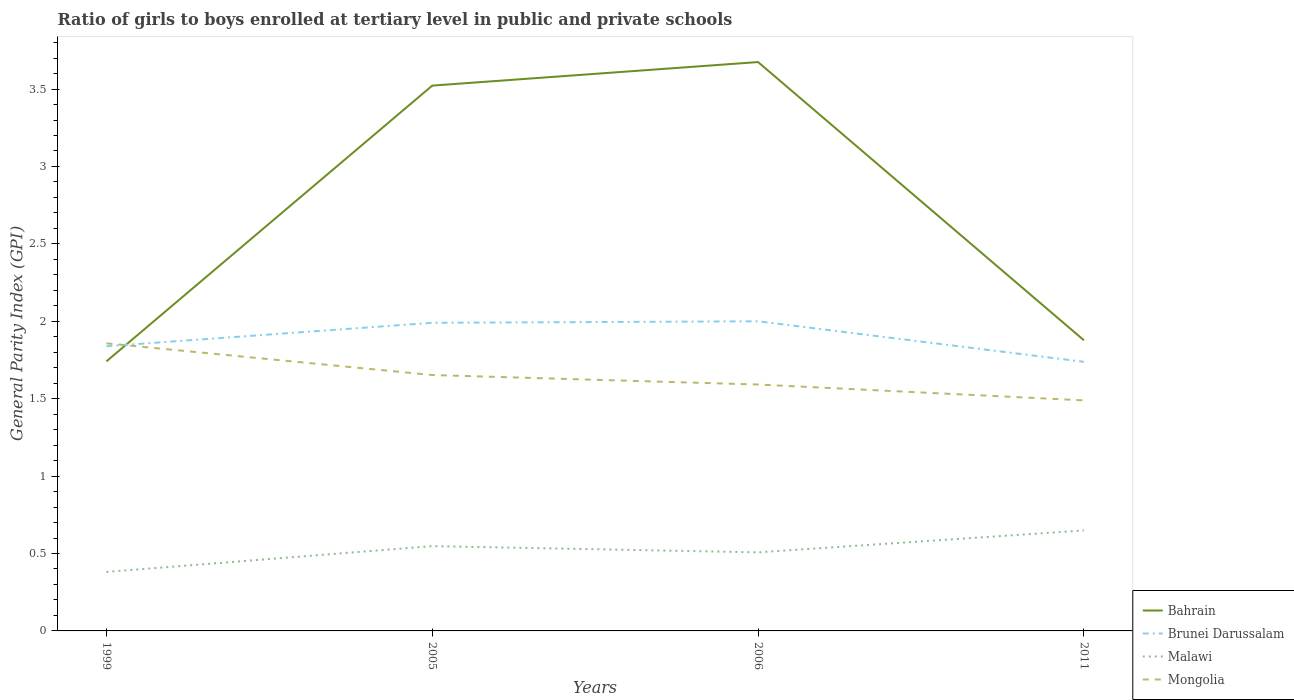
| Years | Bahrain | Brunei Darussalam | Malawi | Mongolia |
 | --- | --- | --- | --- | --- |
 | 1999 | 1.74 | 1.84 | 0.381 | 1.86 |
 | 2005 | 3.52 | 1.99 | 0.548 | 1.65 |
 | 2006 | 3.67 | 2 | 0.507 | 1.59 |
 | 2011 | 1.88 | 1.74 | 0.649 | 1.49 |